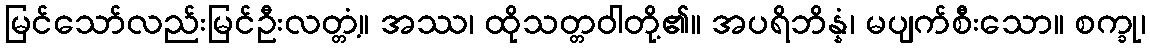
မြင်သော်လည်းမြင်ဦးလတ္တံ့။ အဿ၊ ထိုသတ္တဝါတို့၏။ အပရိဘိန္နံ၊ မပျက်စီးသော။ စက္ခု၊